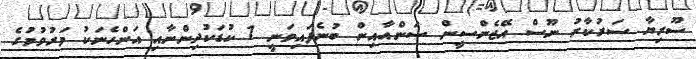
ސޫރިޔާ ސަރުކާރު ނޫސް އޭޖެންސީން ސަންއާއިން ބުނެފައިވަނީ 7 ކުޑަކުދިންނާއި އަންހެނަކު މަރުވުމުގެ